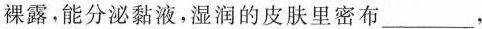
裸露，能分泌黏液，湿润的皮肤里密布___，